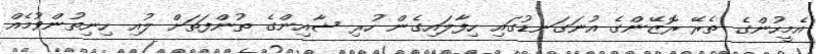
އެމީހުންގެ ތެރޭ ރޮޒޭންގެ އުނަގަނޑުގައި ހިފާލައިގެން ހުރި ޝާއިންގެ ތުންފަތަށް ލުއި ހިނިތުންވުމެއް